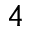
^ 4